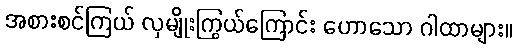
အစားစင်ကြယ် လှမျိုးကြွယ်ကြောင်း ဟောသော ဂါထာများ။